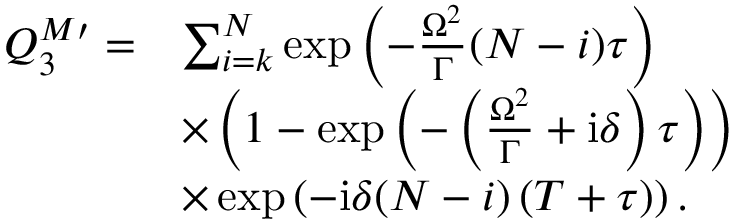
\begin{array} { r l } { Q _ { 3 } ^ { M \prime } = } & { \sum _ { i = k } ^ { N } \exp \left( - \frac { \Omega ^ { 2 } } { \Gamma } ( N - i ) \tau \right) } \\ & { \times \left( 1 - \exp \left( - \left( \frac { \Omega ^ { 2 } } { \Gamma } + \mathrm { i } \delta \right) \tau \right) \right) } \\ & { \times \exp \left( - \mathrm { i } \delta ( N - i ) \left( T + \tau \right) \right) . } \end{array}